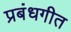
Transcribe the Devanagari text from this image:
प्रबंधगीत